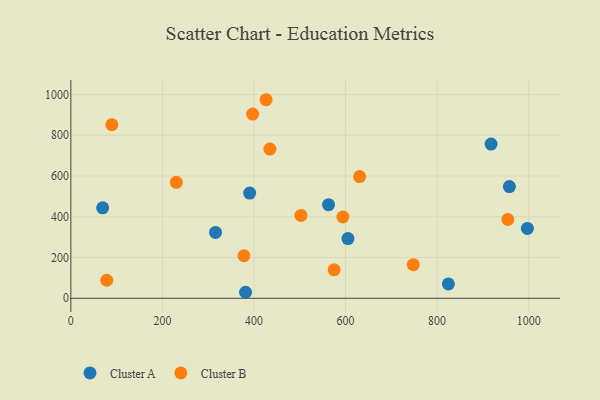
{"axis": {"x": "Experience", "y": "Profit"}, "legend": ["Cluster A", "Cluster B"], "data": [{"x": "390.6", "y": 516.1, "type": "Cluster A"}, {"x": "997.2", "y": 342.6, "type": "Cluster A"}, {"x": "824.6", "y": 70.3, "type": "Cluster A"}, {"x": "605.3", "y": 293.1, "type": "Cluster A"}, {"x": "917.9", "y": 756.9, "type": "Cluster A"}, {"x": "562.8", "y": 459.2, "type": "Cluster A"}, {"x": "957.9", "y": 548.2, "type": "Cluster A"}, {"x": "381.6", "y": 29.4, "type": "Cluster A"}, {"x": "69.4", "y": 443.9, "type": "Cluster A"}, {"x": "316.0", "y": 323.1, "type": "Cluster A"}, {"x": "594.2", "y": 398.7, "type": "Cluster B"}, {"x": "748.0", "y": 164.6, "type": "Cluster B"}, {"x": "630.7", "y": 597.4, "type": "Cluster B"}, {"x": "575.1", "y": 139.8, "type": "Cluster B"}, {"x": "434.7", "y": 731.9, "type": "Cluster B"}, {"x": "426.5", "y": 974.3, "type": "Cluster B"}, {"x": "397.1", "y": 903.7, "type": "Cluster B"}, {"x": "502.6", "y": 406.3, "type": "Cluster B"}, {"x": "378.0", "y": 208.7, "type": "Cluster B"}, {"x": "89.5", "y": 852.1, "type": "Cluster B"}, {"x": "230.5", "y": 569.2, "type": "Cluster B"}, {"x": "954.5", "y": 386.5, "type": "Cluster B"}, {"x": "78.4", "y": 88.5, "type": "Cluster B"}]}